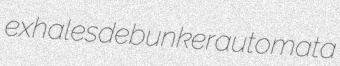
exhales debunker automata